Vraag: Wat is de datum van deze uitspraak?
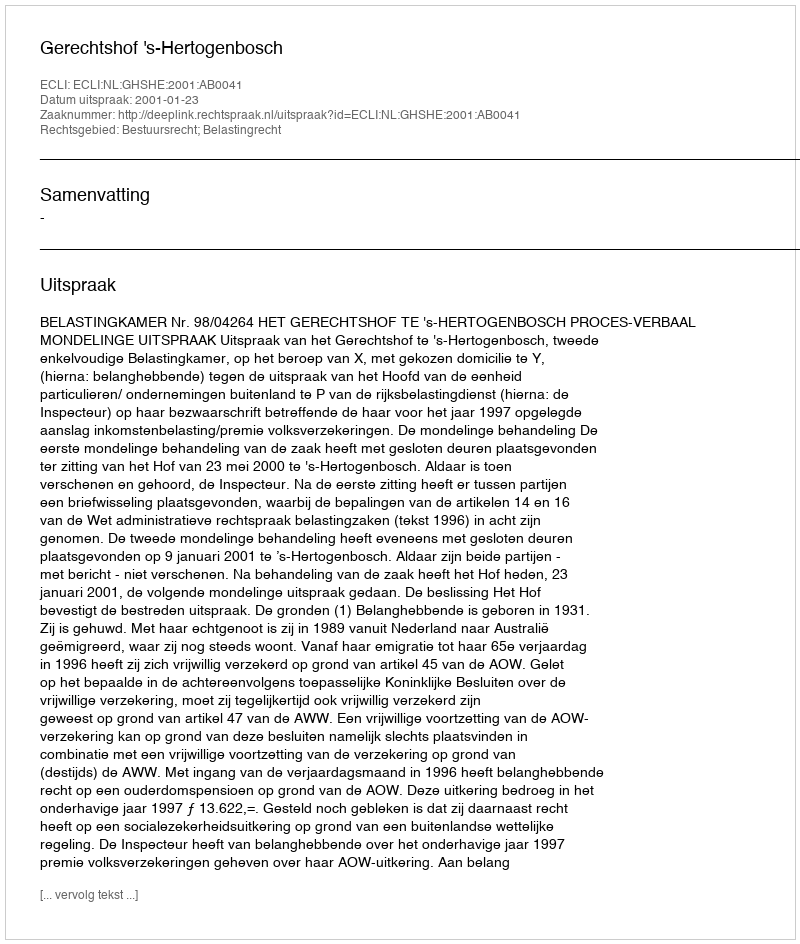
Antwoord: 2001-01-23